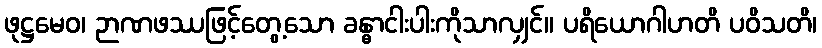
ဖုဋ္ဌမေဝ၊ ဉာဏဖဿဖြင့်တွေ့သော ခန္ဓာငါးပါးကိုသာလျှင်။ ပရိယောဂါဟတိ ပဝိသတိ၊